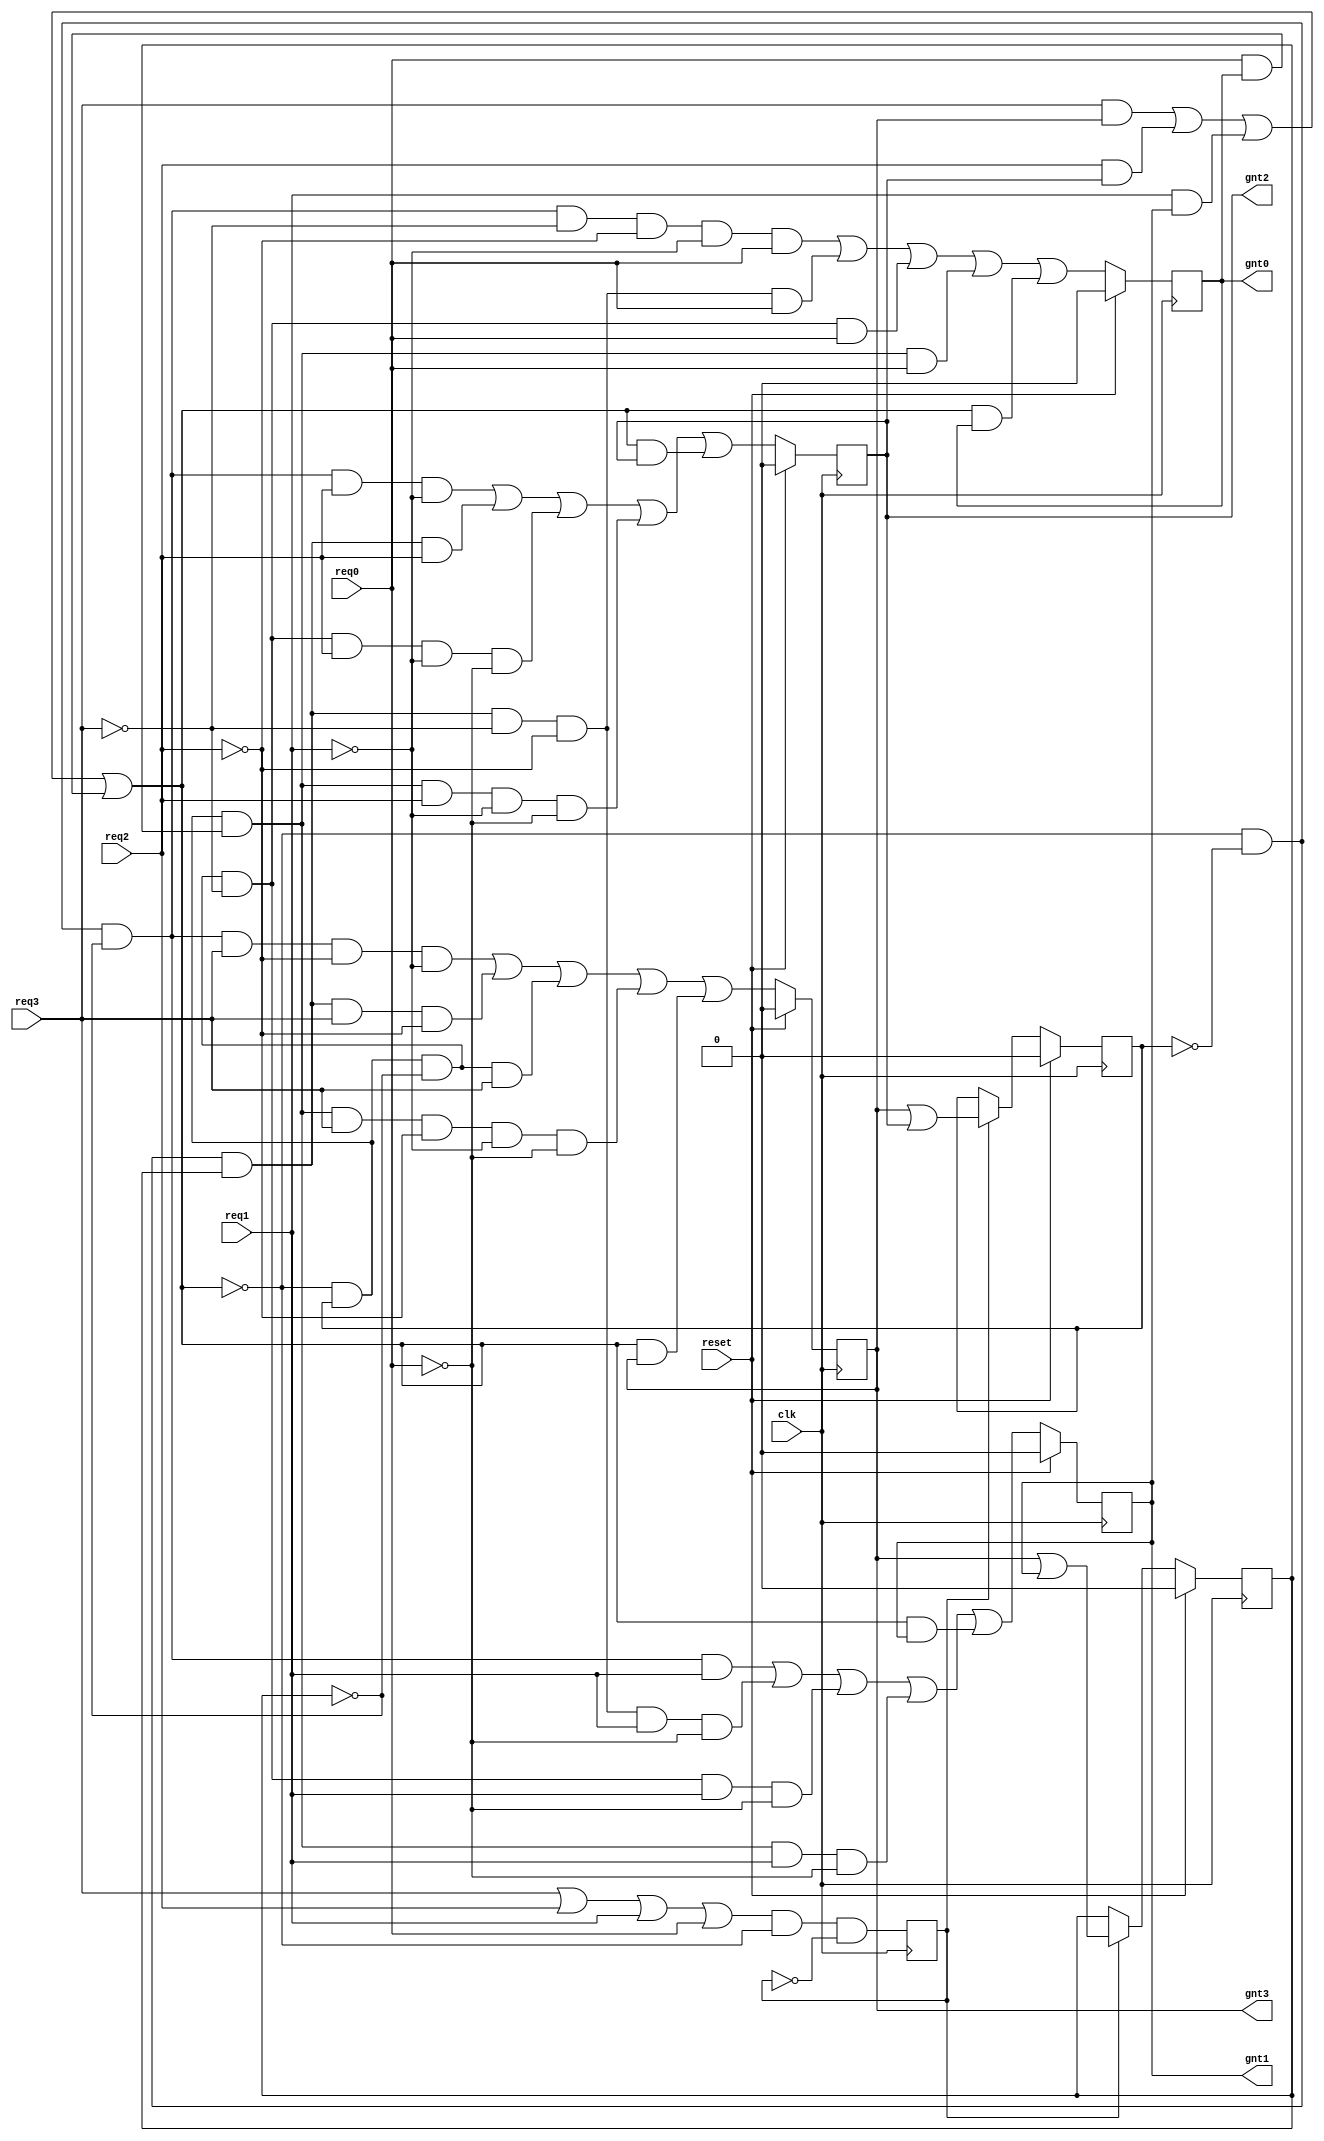
module arbiter (
	clk,    
	reset,    
	req3,
	req2,
	req1,
	req0,   
	gnt3,   
	gnt2,   
	gnt1,   
	gnt0
	);

	input  clk;    
	input  reset;    
	input  req3;            // REQUEST SIGNALS 
	input  req2;   
	input  req1;                          
	input  req0;   
	output gnt3;            // GRANT SIGNALS 
	output gnt2;   
	output gnt1;   
	output gnt0;
 
	wire beg       ;        // BEGIN SIGNAL
        wire comreq    ;        // COMMUNICATION REQUEST SIGNAL 
	wire [1:0] gnt ;        // ENCODED GRANT 
	reg  lgnt0     ;        // LATCHED GRANTS 
	reg  lgnt1     ;
	reg  lgnt2     ;
	reg  lgnt3     ;
	reg  enmask    ;        // ENABLE MASK 
	reg  mask0     ;        // MASK0/MASK1 ARE TWO-BIT ENCODED GRANTS 
	reg  mask1     ;  
	
	always @ (posedge clk)
	if (reset) begin         
	  lgnt0 <= 0;
	  lgnt1 <= 0;
	  lgnt2 <= 0;
	  lgnt3 <= 0;
	end 
        else 
          begin 

       // ARBITRATION LOGIC. GRANT SIGNALS DATAFLOW MODELLING
            lgnt0 <= (~comreq & ~mask1 & ~mask0 & ~req3 & ~req2 & ~req1 & req0)     
                   | (~comreq & ~mask1 &  mask0 & ~req3 & ~req2 &  req0)             
                   | (~comreq &  mask1 & ~mask0 & ~req3 &  req0)                     
                   | (~comreq &  mask1 &  mask0 & req0)                              
                   | ( comreq &  lgnt0);
      
            lgnt1 <= (~comreq & ~mask1 & ~mask0 &  req1)
                   | (~comreq & ~mask1 &  mask0 & ~req3 & ~req2 &  req1 & ~req0)
                   | (~comreq &  mask1 & ~mask0 & ~req3 &  req1 & ~req0)
                   | (~comreq &  mask1 &  mask0 &  req1 & ~req0)
                   | ( comreq &  lgnt1);
      
            lgnt2 <= (~comreq & ~mask1 & ~mask0 &  req2 & ~req1)
                   | (~comreq & ~mask1 &  mask0 &  req2)
                   | (~comreq &  mask1 & ~mask0 & ~req3 &  req2 & ~req1 & ~req0)
                   | (~comreq &  mask1 &  mask0 &  req2 & ~req1 & ~req0)
                   | ( comreq &  lgnt2);
      
            lgnt3 <= (~comreq & ~mask1 & ~mask0 & req3  & ~req2 & ~req1)
                   | (~comreq & ~mask1 &  mask0 & req3  & ~req2)
                   | (~comreq &  mask1 & ~mask0 & req3)
                   | (~comreq &  mask1 &  mask0 & req3  & ~req2 & ~req1 & ~req0)
                   | ( comreq &  lgnt3);

	  end 

	// BEGIN INPUT LOGIC 
	assign beg = (req3 | req2 | req1 | req0) & ~comreq;  
     
        // NEW MASK VALUE
	always @ (posedge clk) begin                                                                       
          enmask <= (beg & ~enmask);                            
	end 

	// COMREQ LOGIC (BUS STATUS) 0 - FREE, 1 - BUSY
	assign comreq = (req3 & lgnt3)
		      | (req2 & lgnt2)
		      | (req1 & lgnt1)
		      | (req0 & lgnt0);

	// ENCODER LOGIC. INDICATES WHICH MASTER HAS BEEN GRANTED THE BUS
	assign gnt = {(lgnt3 | lgnt2),(lgnt3 | lgnt1)};

	// MASK REGISTER
	always @ (posedge clk) begin
	  if(reset) begin
	    mask1 <= 0;
	    mask0 <= 0;
	  end else if (enmask) begin  
	    mask1 <= gnt[1];         
	    mask0 <= gnt[0];
	  end else begin
	    mask1 <= mask1;
	    mask0 <= mask0;
	  end 
        end

	assign gnt3 = lgnt3;   
	assign gnt2 = lgnt2;
	assign gnt1 = lgnt1;
	assign gnt0 = lgnt0;

endmodule